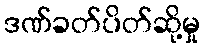
ဒဏ်ခတ်ပိတ်ဆို့မှု